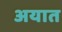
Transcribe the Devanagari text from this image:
अयात